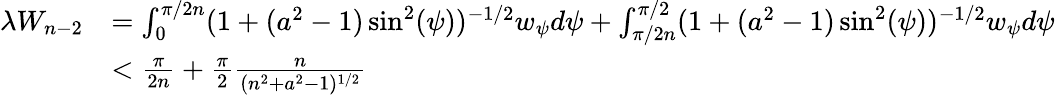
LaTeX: \begin{array}{rl}{\lambda W_{n-2}}&{=\int_{0}^{\pi/2n}(1+(a^{2}-1)\sin^{2}(\psi))^{-1/2}w_{\psi}d\psi+\int_{\pi/2n}^{\pi/2}(1+(a^{2}-1)\sin^{2}(\psi))^{-1/2}w_{\psi}d\psi}\\ &{<\frac{\pi}{2n}+\frac{\pi}{2}\frac{n}{(n^{2}+a^{2}-1)^{1/2}}}\end{array}